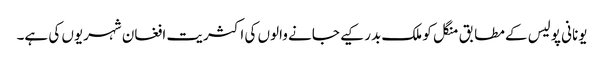
یونانی پولیس کے مطابق منگل کو ملک بدر کیے جانے والوں کی اکثریت افغان شہریوں کی ہے۔